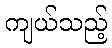
ကျယ်သည့်